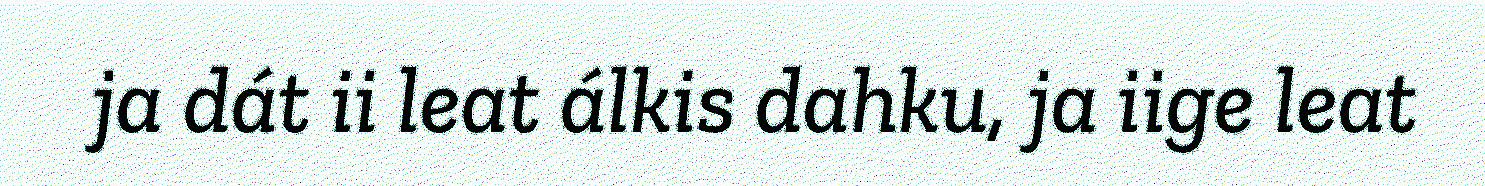
ja dát ii leat álkis dahku, ja iige leat